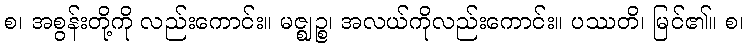
စ၊ အစွန်းတို့ကို လည်းကောင်း။ မဇ္ဈဉ္စ၊ အလယ်ကိုလည်းကောင်း။ ပဿတိ၊ မြင်၏။ စ၊